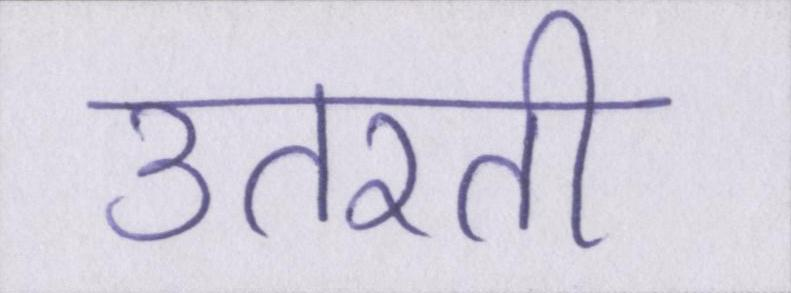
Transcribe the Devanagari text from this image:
उतरती